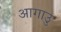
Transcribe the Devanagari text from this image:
आगाउु